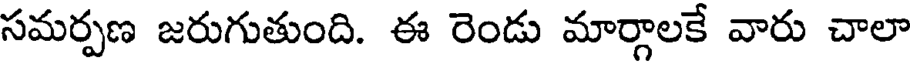
సమర్పణ జరుగుతుంది. ఈ రెండు మార్గాలకే వారు చాలా